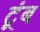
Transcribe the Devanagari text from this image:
टूंब